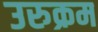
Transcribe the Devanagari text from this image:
उरुक्रम